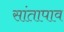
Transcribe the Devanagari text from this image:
सांतापाव